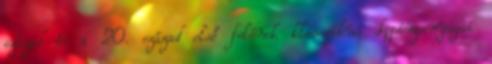
század és a 20. század első felének klasszikus doppinganyagai